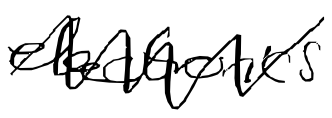
Text: electronics
Cross-out: zig-zag
Writing tool: digital_black